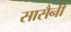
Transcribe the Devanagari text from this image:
सासैनी